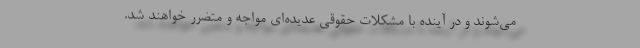
می‌شوند و در آینده با مشکلات حقوقی عدیده‌ای مواجه و متضرر خواهند شد.